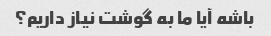
باشه آیا ما به گوشت نیاز داریم؟